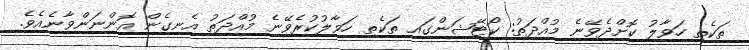
ތަކެތި ހަވާލު ކޮށްދެވޭނެ މުއްދަތު: ކޯޓޭޝަންގައި ތަކެތި ހަވާލުކުރެވޭނެ މުއްދަތު އެނގެން އޮންނަންވާނެއެވެ.